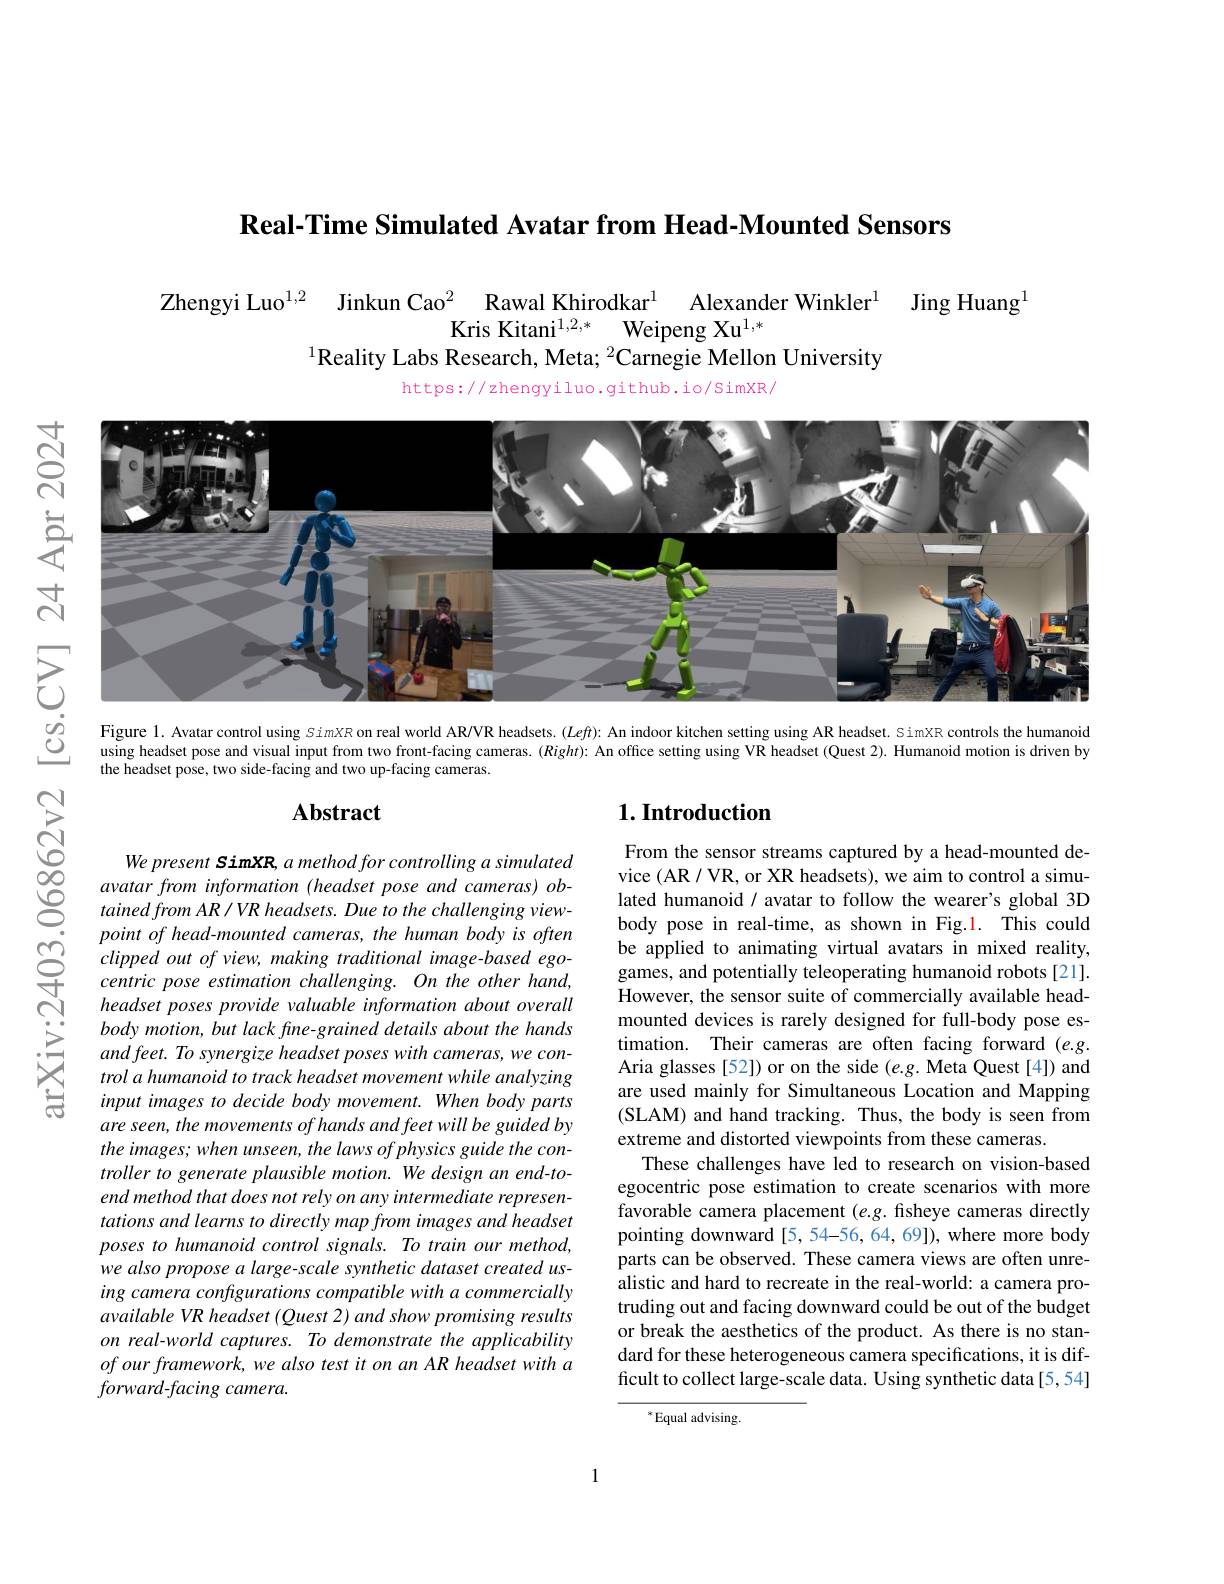
Real-Time Simulated Avatar from Head-Mounted Sensors

Zhengyi Luo$^{1,2}$ Jinkun Cao$^{2}$ Rawal Khirodkar$^{1}$ Alexander Winkler$^{1}$ Jing Huang$^{1}$
Kris Kitani$^{1, 2, * }$ Weipeng Xu$^{1,*}$
$^{1}$Reality Labs Research, Meta; $^2$Carnegie Mellon University

https://zhengyiluo.github.io/SimXR/

<FigureHere>

Figure 1. Avatar control using simXR on real world ARVR headsets. $(Left)$: An indoor kitchen setting using AR headset. SimXR controls the humanoid using headset pose and visual input from two front-facing cameras. $(Right):$ An office setting using VR headset (Quest 2). Humanoid motion is driven by the headset pose, two side-facing and two up-facing cameras

## Abstract

## $1. \textbf{Introduction}$

From the sensor streams captured by a head-mounted device (AR/VR, or XR headsets), we aim to control a simulated humanoid / avatar to follow the wearer's global 3D body pose in real-time, as shown in Fig.1. This could be applied to animating virtual avatars in mixed reality, games, and potentially teleoperating humanoid robots [21]. However, the sensor suite of commercially available headmounted devices is rarely designed for full-body pose estimation. Their cameras are often facing forward $(e.g.$ Aria glasses [52]) or on the side (e.g. Meta Quest [4]) and are used mainly for Simultaneous Location and Mapping (SLAM) and hand tracking. Thus, the body is seen from extreme and distorted viewpoints from these cameras
These challenges have led to research on vision-based egocentric pose estimation to create scenarios with more favorable camera placement (e.g. fisheye cameras directly pointing downward [5, 54-56, 64, 69]), where more body parts can be observed. These camera views are often unrealistic and hard to recreate in the real-world: a camera protruding out and facing downward could be out of the budget or break the aesthetics of the product. As there is no standard for these heterogeneous camera specifications, it is difficult to collect large-scale data. Using synthetic data[5,54]

We present SimXR, a method for controlling a simulated avatar from information (headset pose and cameras) obtained from AR / VR headsets. Due to the challenging view-
$\begin{array}{lll}&point&of\text{ head-mounted cameras, the human body is often}\\\textcircled{\infty}&clipped&out&of\text{ view, making traditional image-based ego-)}\\\updownarrow&centric&pose&estimation&challenging.&On&the&other&hand,\end{array}$
headset poses provide valuable information about overall body motion, but lack fine-grained details about the hands and feet. To synergize headset poses with cameras, we control a humanoid to track headset movement while analyzing input images to decide body movement. When body parts are seen, the movements of hands and feet will be guided by the images; when unseen, the laws of physics guide the controller to generate plausible motion. We design an end-toend method that does not rely on any intermediate representations and learns to directly map from images and headset $posestohumanoidcontrolsignals.Totrainourmethod$, we also propose a large-scale synthetic dataset created using camera configurations compatible with a commercially available VR headset (Quest 2) and show promising results on real-world captures. To demonstrate the applicability of our framework, we also test it on an AR headset with a $forward- facing\textit{ camera}.$

$^*$Equal advising

1